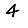
Digit: 4